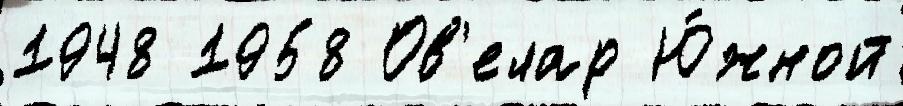
1948 1958 Ов'елар Ю́жной